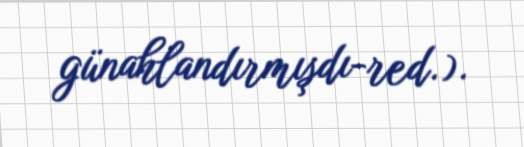
günahlandırmışdı-red.).